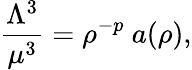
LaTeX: \frac{\Lambda^{3}}{\mu^{3}}=\rho^{-p}~a(\rho),